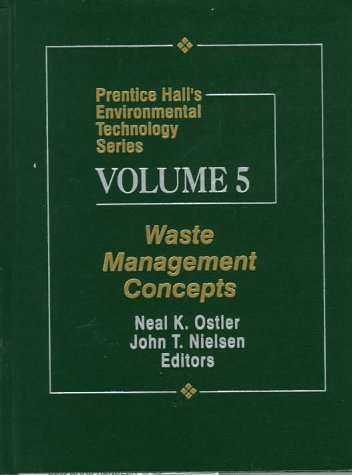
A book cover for Prentice Hall's Environmental Technology Series, Volume V: Waste Management Concepts; Neil K. Ostler; Science & Math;